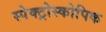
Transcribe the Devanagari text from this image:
स्पेक्ट्रोस्कोपिक